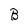
Character: B